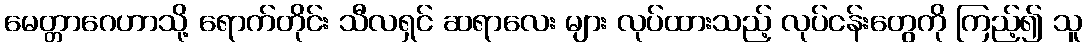
မေတ္တာဂေဟာသို့ ရောက်တိုင်း သီလရှင် ဆရာလေး များ လုပ်ထားသည့် လုပ်ငန်းတွေကို ကြည့်၍ သူ